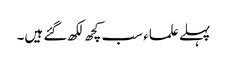
پہلے علماء سب کچھ لکھ گئے ہیں۔